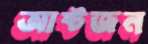
আষ্টজন